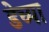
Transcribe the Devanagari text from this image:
डेच्या